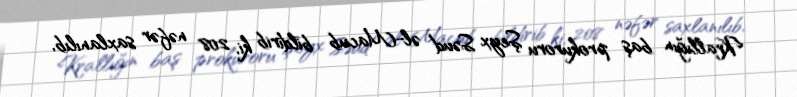
Krallığın baş prokuroru Şeyx Səud əl-Macub bildirib ki, 208 nəfər saxlanılıb,